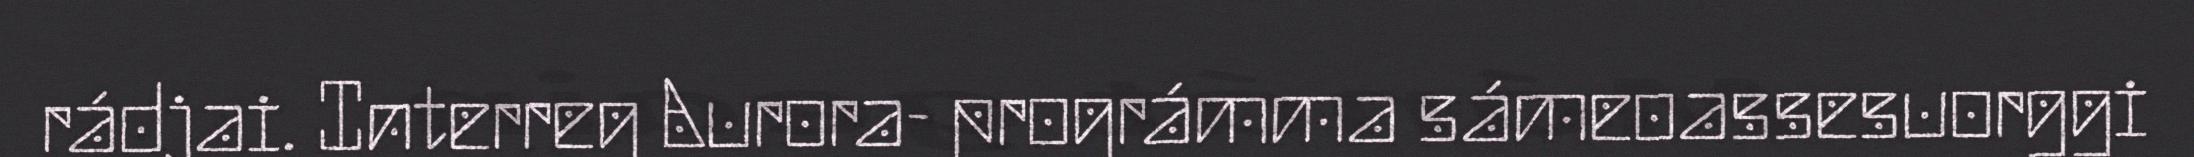
rádjai. Interreg Aurora- prográmma sámeoassesuorggi